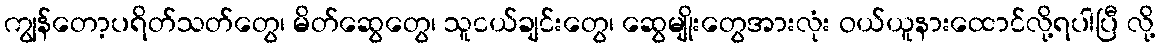
ကျွန်တော့ပရိတ်သတ်တွေ၊ မိတ်ဆွေတွေ၊ သူငယ်ချင်းတွေ၊ ဆွေမျိုးတွေအားလုံး ဝယ်ယူနားထောင်လို့ရပါပြီ လို့